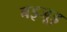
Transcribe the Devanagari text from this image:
बइजूड़